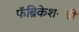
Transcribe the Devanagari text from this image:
फॅब्रिकेशनची